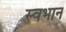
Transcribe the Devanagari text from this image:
स्वभान